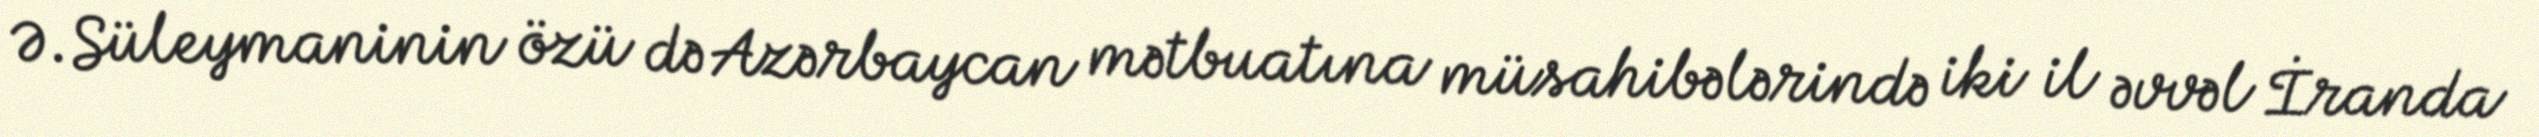
Ə.Süleymaninin özü də Azərbaycan mətbuatına müsahibələrində iki il əvvəl İranda